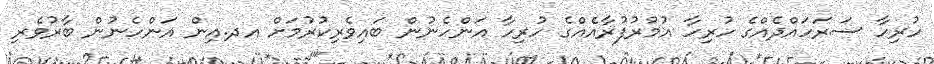
ހުރިހާ ސަރަހައްދެއްގެ ހުރިހާ އުމުރުފުރާއެއްގެ ހުރިހާ އަންހެނުން ބައިވެރިކުރުމަށް އދ.އިން އަންހެނުން ބާރުވެރި